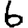
Digit: 6